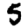
Digit: 5